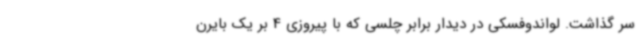
سر گذاشت. لواندوفسکی در دیدار برابر چلسی که با پیروزی 4 بر یک بایرن